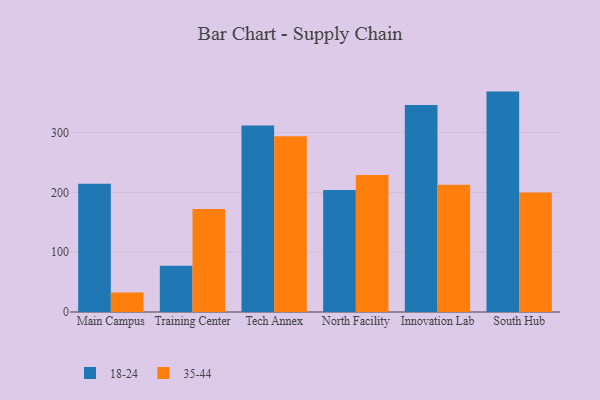
{"axis": {"x": "Campus", "y": "Humidity (%)"}, "legend": ["18-24", "35-44"], "data": [{"x": "Main Campus", "y": 214.4, "type": "18-24"}, {"x": "Main Campus", "y": 32.8, "type": "35-44"}, {"x": "Training Center", "y": 77.2, "type": "18-24"}, {"x": "Training Center", "y": 172.4, "type": "35-44"}, {"x": "Tech Annex", "y": 312.0, "type": "18-24"}, {"x": "Tech Annex", "y": 293.8, "type": "35-44"}, {"x": "North Facility", "y": 203.9, "type": "18-24"}, {"x": "North Facility", "y": 229.0, "type": "35-44"}, {"x": "Innovation Lab", "y": 346.2, "type": "18-24"}, {"x": "Innovation Lab", "y": 212.8, "type": "35-44"}, {"x": "South Hub", "y": 368.5, "type": "18-24"}, {"x": "South Hub", "y": 199.7, "type": "35-44"}]}